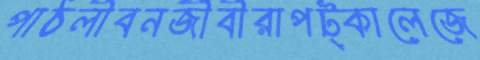
পাঠলীবনজীবীরাপট্‌কালেজে